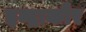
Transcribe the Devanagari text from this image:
इन्द्राकौर